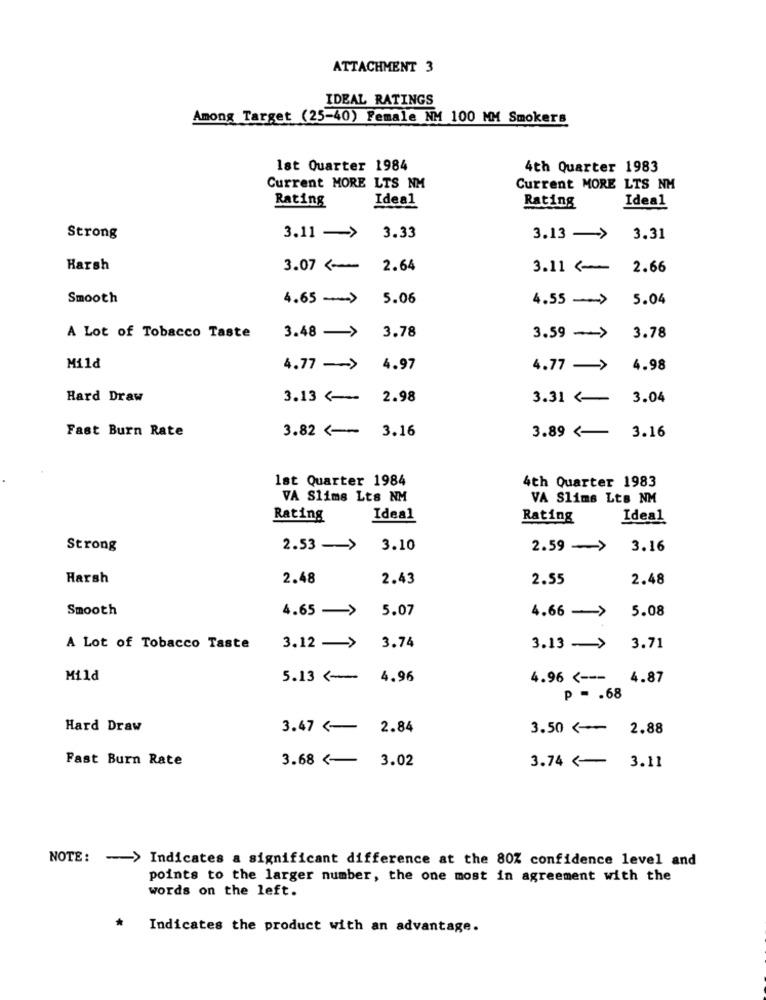
ATTACHMENT 3
IDEAL RATINGS
Among Target (25-40) Female NM 100 MM Smokers
lst Quarter 1984
4th Quarter 1983
Current MORE LTS NM
Current MORE LTS NM
Rating
Ideal
Rating
Ideal
Strong
3.11 -> 3.33
3.13 ->
3.31
Harsh
3.07
2.64
3.11 (
2.66
Smooth
4.65 -- >
5.06
4.55 -> 5.04
A Lot of Tobacco Taste
3.48 ->
3.78
3.59 ->
3.78
Mild
4.77 -- >
4.97
4.77 ->
4.98
Hard Draw
3.13 <-
2.98
3.31 <-
3.04
Fast Burn Rate
3.82 <--
3.16
3.16
3.89 <-
1st Quarter 1984
4th Quarter 1983
VA Slims Lts NM
VA Slims Lts NM
Rating
Ideal
Rating
Ideal
Strong
2.53 ->
3.10
2.59 ->
3.16
Harsh
2.48
2.43
2.55
2.48
Smooth
4.65 ->
5.07
4.66 ->
5.08
A Lot of Tobacco Taste
3.12 ->
3.74
3.13 -> 3.71
Mild
5.13 <-
4.96
4.96 <--- 4.87
p -. 68
Hard Draw
3.47 (
2.84
3.50 ₾ 2.88
Fast Burn Rate
3.68 <-
3.02
3.74 <-
3.11
NOTE: - > Indicates a significant difference at the 80% confidence level and
points to the larger number, the one most in agreement with the
words on the left.
*
Indicates the product with an advantage.